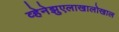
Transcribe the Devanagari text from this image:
व्हेनेझुएलाखालोखाल